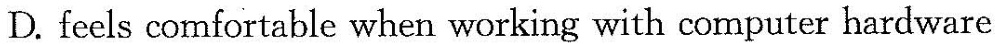
D.feels comfortable when working with computer hardware